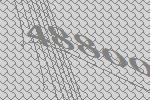
48800